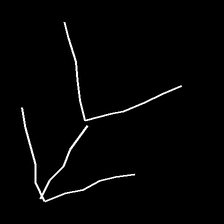
Glyph: gather